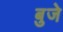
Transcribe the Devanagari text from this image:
बुजे